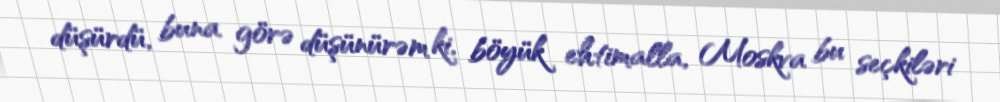
düşürdü, buna görə düşünürəm ki, böyük ehtimalla, Moskva bu seçkiləri